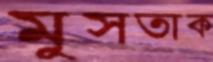
মুসতাক